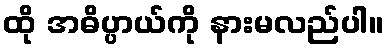
ထို အဓိပ္ပာယ်ကို နားမလည်ပါ။